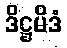
ဒိဋ္ဌမိဒံ